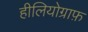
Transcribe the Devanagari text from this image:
हीलियोग्राफ़